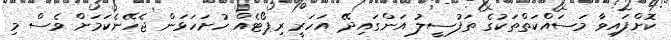
ކޮށްފައިވާ މަސައްކަތްތަކުގެ ތަފުސީލު އަންގައިދޭ އަހަރީ ރިޕޯޓެއް ހުށަހަޅަން ޖެހޭނެކަމަށް ވެސް މި